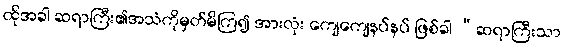
ထိုအခါ ဆရာကြီး၏အသံကိုမှတ်မိကြ၍ အားလုံး ကျေကျေနပ်နပ် ဖြစ်ခါ “ဆရာကြီးသာ